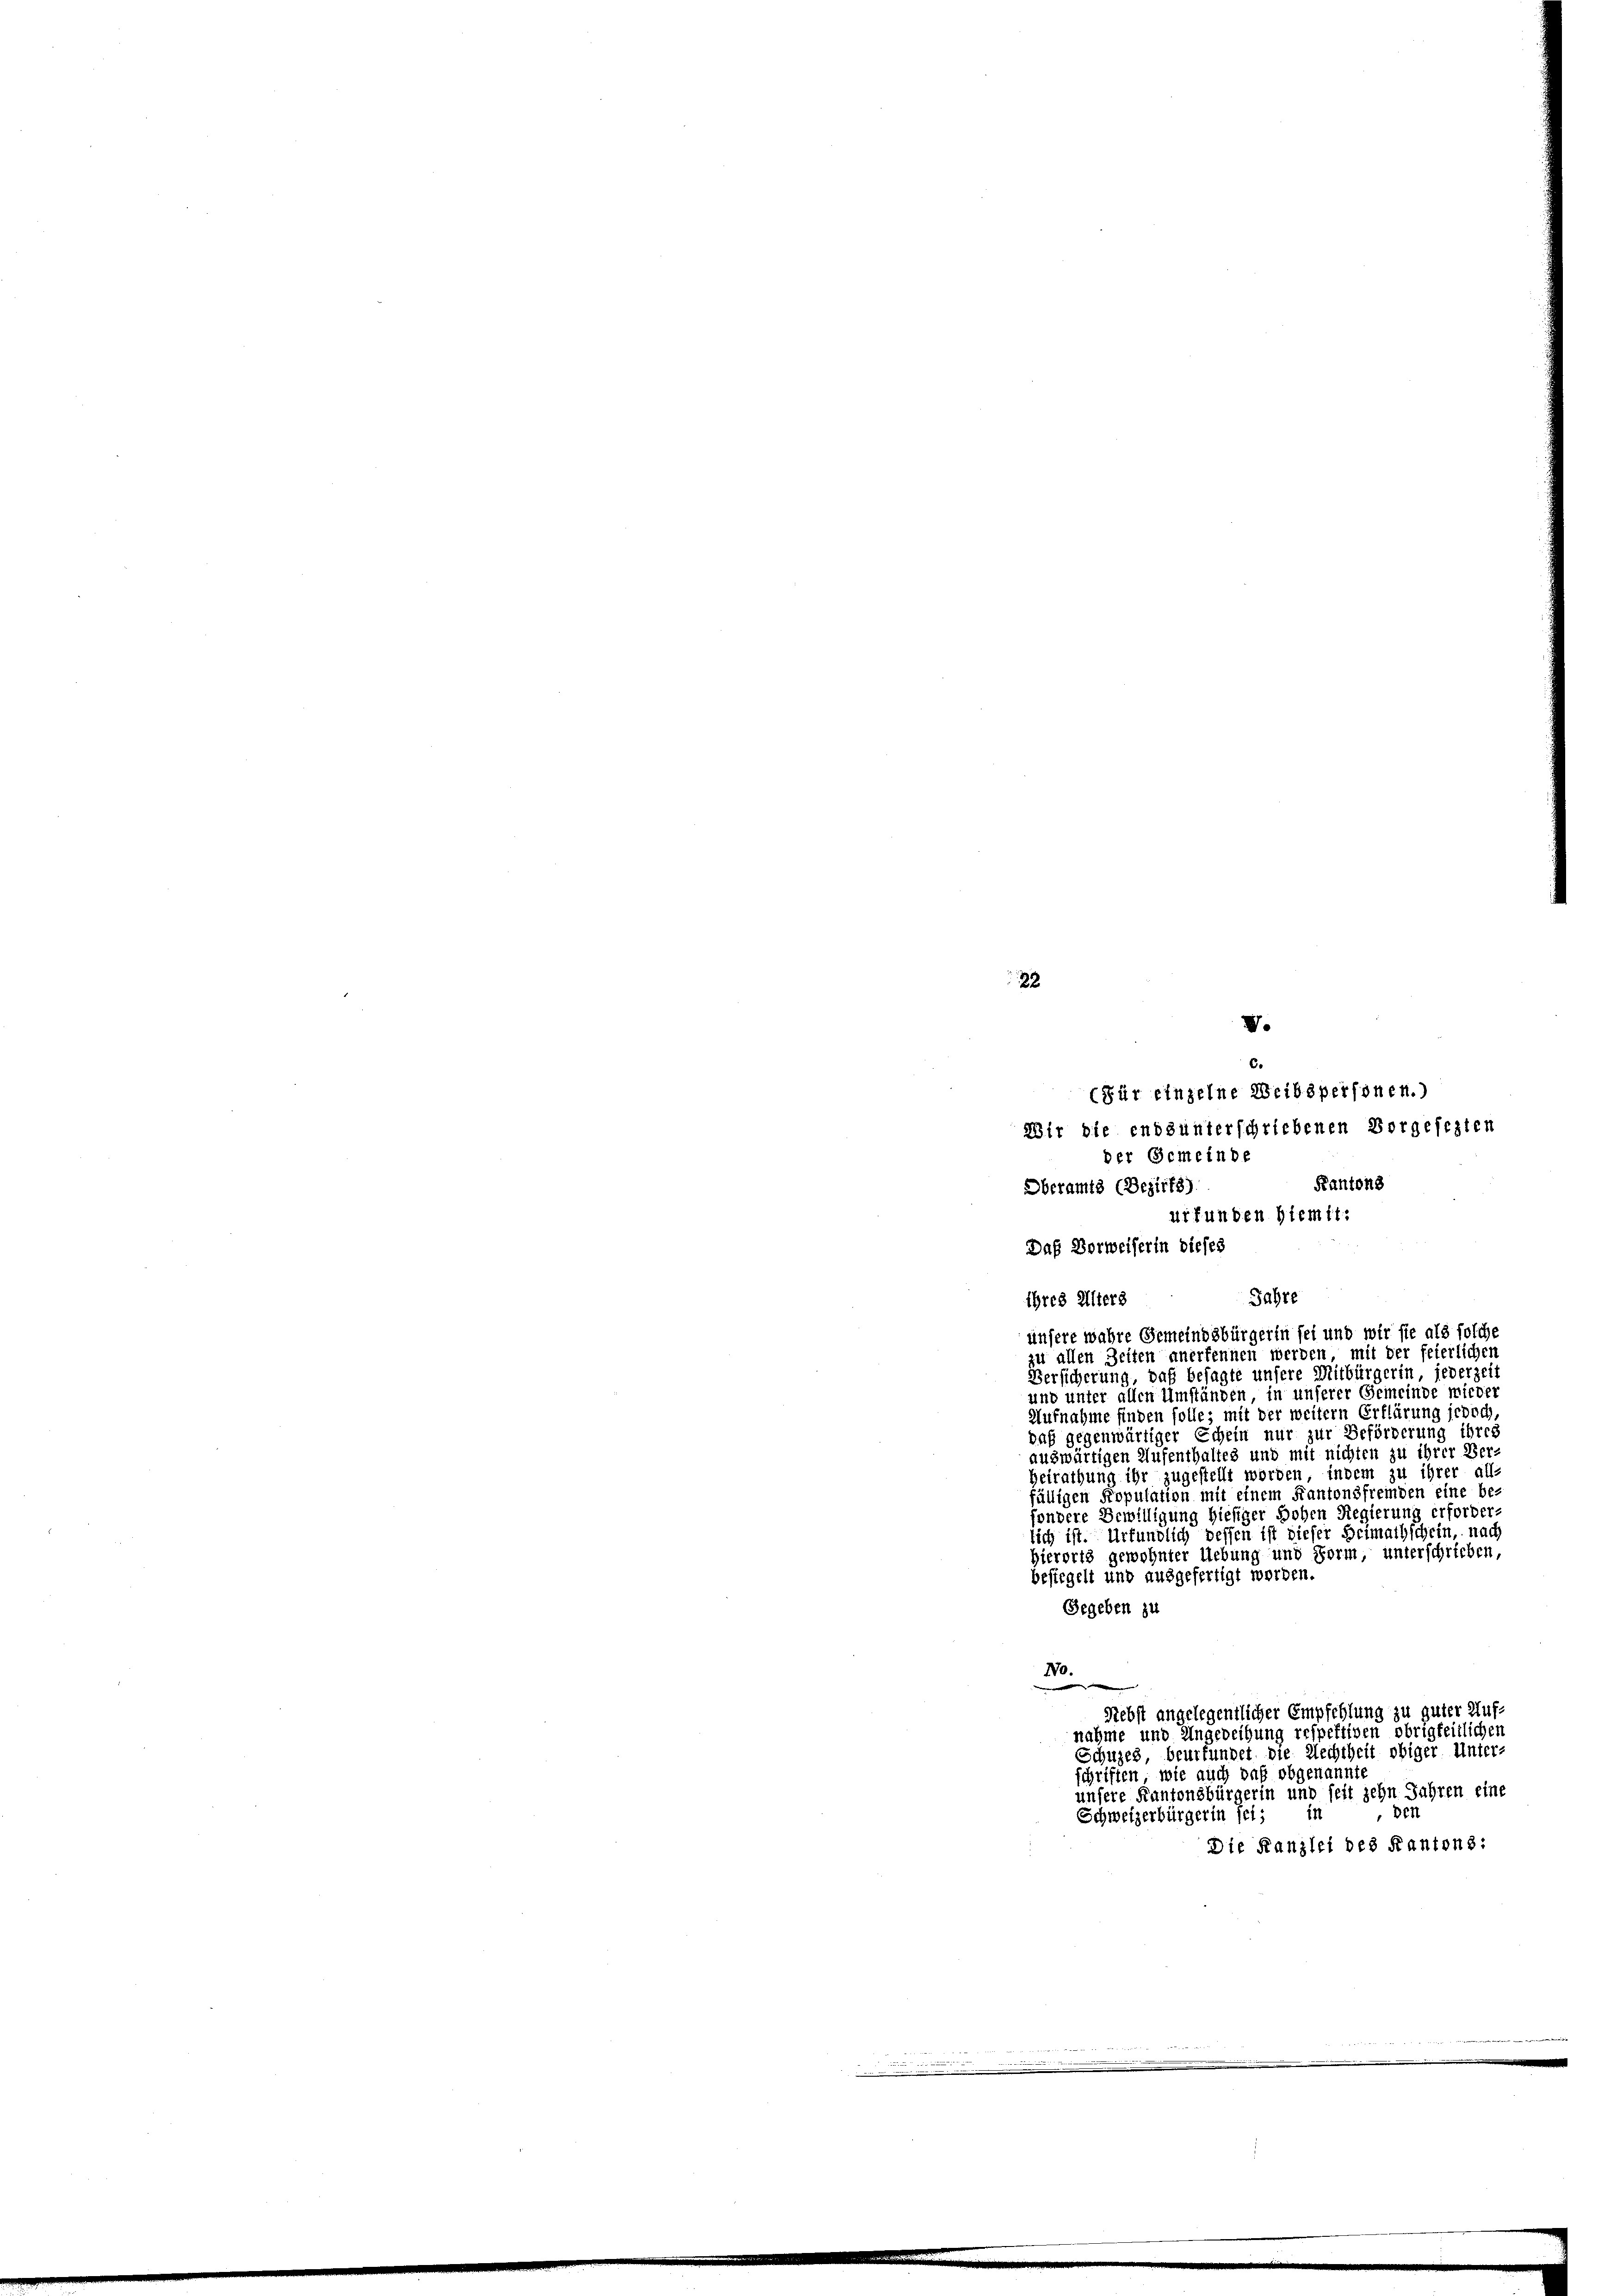
22.
V.
c.

(Für einzelne Weibspersonen.)
Wir die entsunterschriebenen Vorgesezten
der Gemeinde
Kantons
Oberamts (Bezirks).
urfunden hiemit.
Daß Vorweiserin dieses
Jahre
ihres Alters
unsere wahre Gemeindsbürgerin sei und wir sie als solche
zu allen Zeiten anerkennen werden, mit der feierlichen
Versicherung, daß besagte unsere Mitbürgerin, jederzeit
und unter allen Umständen in unserer Gemeinde wieder
Aufnahme finden solle; mit der weitern Erklärung jedoch
baß gegenwärtiger Schein nur zur Beförderung ihres
auswärtigen Aufenthaltes und mit nichten zu ihrer Ber-
Heirathung ihr zugestellt worden, indem zu ihrer all-
fälligen Kopulation mit einem Kantonsfremden eine be-
sondere Bewilligung hiesiger Hohen Regierung erforder
lich ist. Urkundlich dessen ist dieser Heimathschein, nach
hierorts gewohnter Uebung und Form, unterschrieben,
besiegelt und ausgefertigt worden.
Gegeben zu
N0.

Sebst angelegentlicher Empfehlung zu guter Auf-
nahme und Ungeweihung respektiven obrigkeitlichen
Schuzeg beurfundet die Rechtheit obiger Unter-
schriften, wie auch daß obgenannte
unsere Kantonsbürgerin und seit zehn Jahren eine
Der
Schweizerbürgerin sei; in
Die Kanzlei des Kantons: